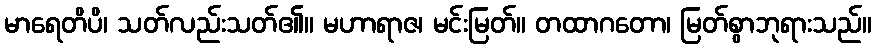
မာရေတိပိ၊ သတ်လည်းသတ်၏။ မဟာရာဇ၊ မင်းမြတ်။ တထာဂတော၊ မြတ်စွာဘုရားသည်။